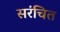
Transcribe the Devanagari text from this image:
सरंचित